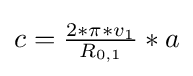
c={\tfrac {2*\pi *v_{1}}{R_{0,1}}}*a